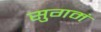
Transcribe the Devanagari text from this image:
सुगमं